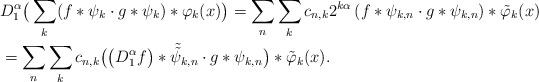
LaTeX: \begin{align*}&D_1^\alpha\big(\sum_k (f \ast \psi_k \cdot g \ast \psi_k)\ast \varphi_k(x)\big)=\sum_n \sum_k c_{n, k} 2^{k \alpha} \left( f \ast\psi_{k, n} \cdot g \ast\psi_{k, n} \right) \ast \tilde \varphi_k(x) \\&=\sum_n \sum_k c_{n, k} \big( \big(D_1^\alpha f\big) \ast \tilde{ \tilde{\psi}}_{k, n} \cdot g \ast\psi_{k, n} \big) \ast \tilde \varphi_k(x).\end{align*}